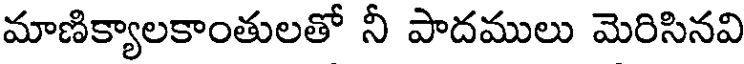
మాణిక్యాలకాంతులతో నీ పాదములు మెరిసినవి